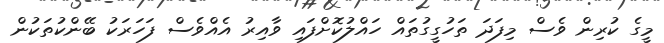
މީގެ ކުރިން ވެސް މިފަދަ ތަހުގީގުތައް ހައްލުކޮށްފައި ވާއިރު އެއްވެސް ފަހަރަކު ބޭންކުތަކުން